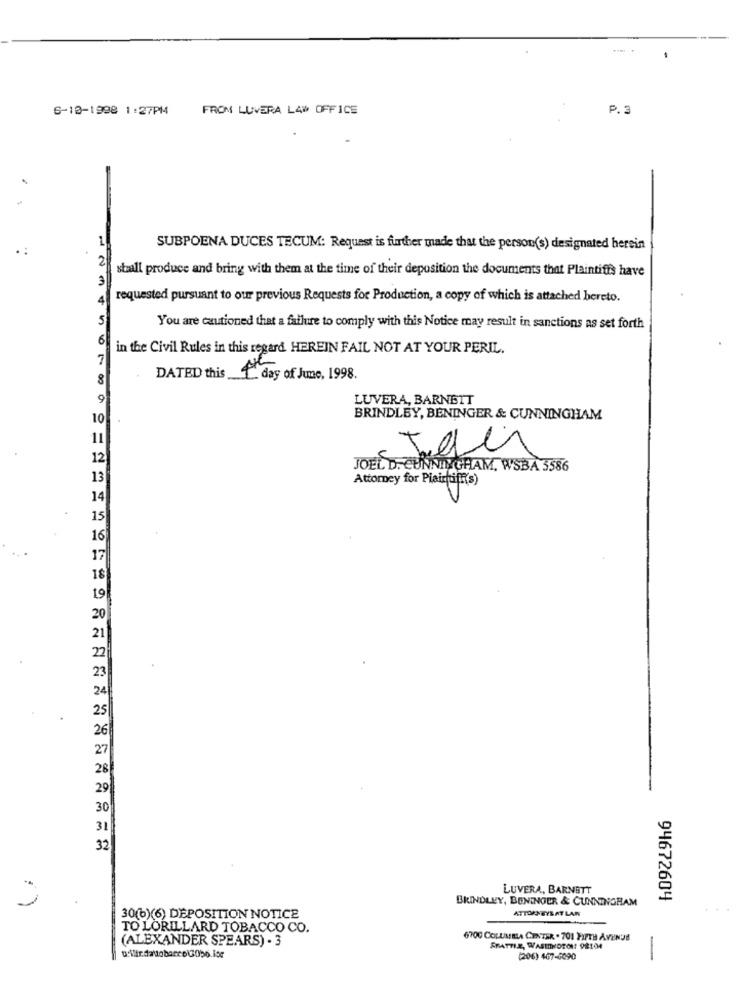
6-10-1998 1:27PM
FROM LUVERA LAW OFFICE
P. 3
SUBPOENA DUCES TECUM: Request is further made that the person(s) designated herein
stall produce and bring with them at the time of their deposition the documents that Plaintiffs have
4
requested pursuant to our previous Requests for Production, a copy of which is attached bereto.
5
You are cautioned that a failure to comply with this Notice may result in sanctions as set forth
6
in the Civil Rules in this regard HEREIN FAIL NOT AT YOUR PERIL.
7
8
DATED this 4 day of June, 1998.
9
LUVERA, BARNETT
10
BRINDLEY, BENINGER & CUNNINGHAM
11
Tells
12
JOEL D. CUNNINGHAM, WSBA 3586
13
Attorney for Plaintiff(s)
14
15
30
LUVERA, BARNETT
BRINDLEY, BENINGER & CUNNINGHAM
94672604
ATTORNEYLAT LAN
30(6)(6) DEPOSITION NOTICE
-
TO LORILLARD TOBACCO CO.
(ALEXANDER SPEARS) . 3
6700 COLUMELA CENTER . 701 FIFTH AVENUE
FRATTLE, WASInKORON: 98104
(206) 467-6090
-